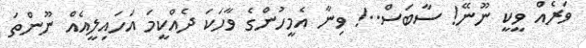
ވަރެއް ވީކީ ނޫނޭ! ސާބަސް..! ވިނާ އެމީހުންގެ ވާހަކަ ދެއްކީމަ އަހައިލީއެއް ނޫންތަ